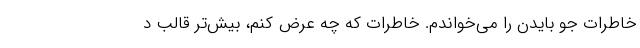
خاطرات جو بایدن را می‌خواندم. خاطرات که چه عرض کنم، بیش‌تر قالب د